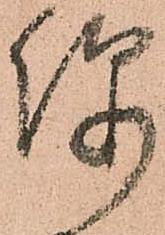
便